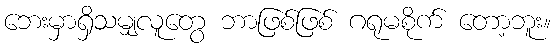
ဘေးမှာရှိသမျှလူတွေ ဘာဖြစ်ဖြစ် ဂရုမစိုက် တော့ဘူး။